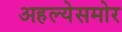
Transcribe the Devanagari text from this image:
अहल्येसमोर